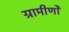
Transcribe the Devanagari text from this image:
ग्रामीणोँ